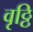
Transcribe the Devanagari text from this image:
वृठ्ठि